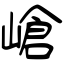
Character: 嵢